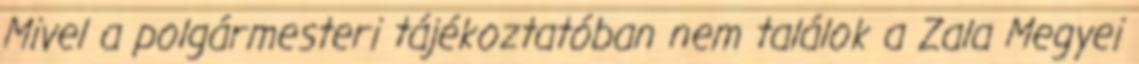
Mivel a polgármesteri tájékoztatóban nem találok a Zala Megyei